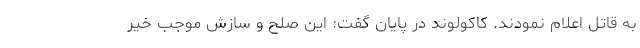
به قاتل اعلام نمودند. کاکولوند در پایان گفت: این صلح و سازش موجب خیر